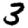
Digit: 3